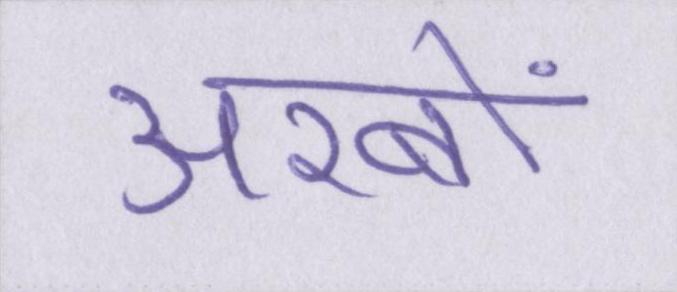
अरबों